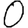
Digit: 0